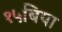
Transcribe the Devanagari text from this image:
१५बिया